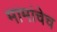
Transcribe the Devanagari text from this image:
मामांचेच